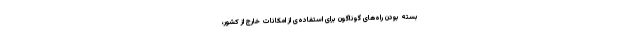
بسته ‌بودن راه‌های گوناگون برای استفاده‌ی از امکانات خارج از کشور،